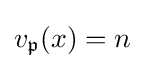
v_{\mathfrak {p}}(x)=n